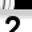
Digit: 2